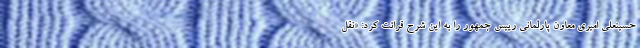
حسینعلی امیری معاون پارلمانی رییس جمهور را به این شرح قرائت کرد: «نقل